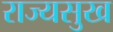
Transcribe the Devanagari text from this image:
राज्यसुख